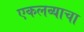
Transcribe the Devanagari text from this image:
एकलव्याचा